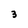
Character: 3